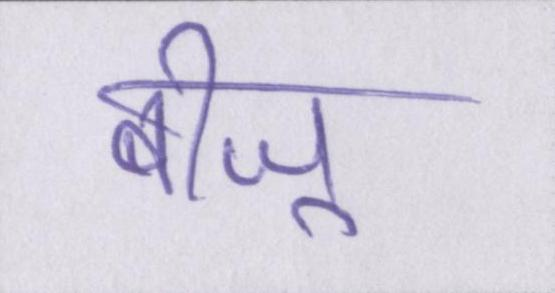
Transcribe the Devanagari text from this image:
बीजू